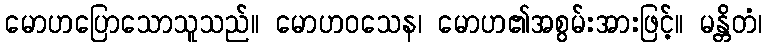
မောဟပြောသောသူသည်။ မောဟဝသေန၊ မောဟ၏အစွမ်းအားဖြင့်။ မန္တိတံ၊